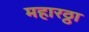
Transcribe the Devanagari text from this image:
महारठ्ठा